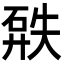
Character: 𥓹